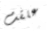
علقت